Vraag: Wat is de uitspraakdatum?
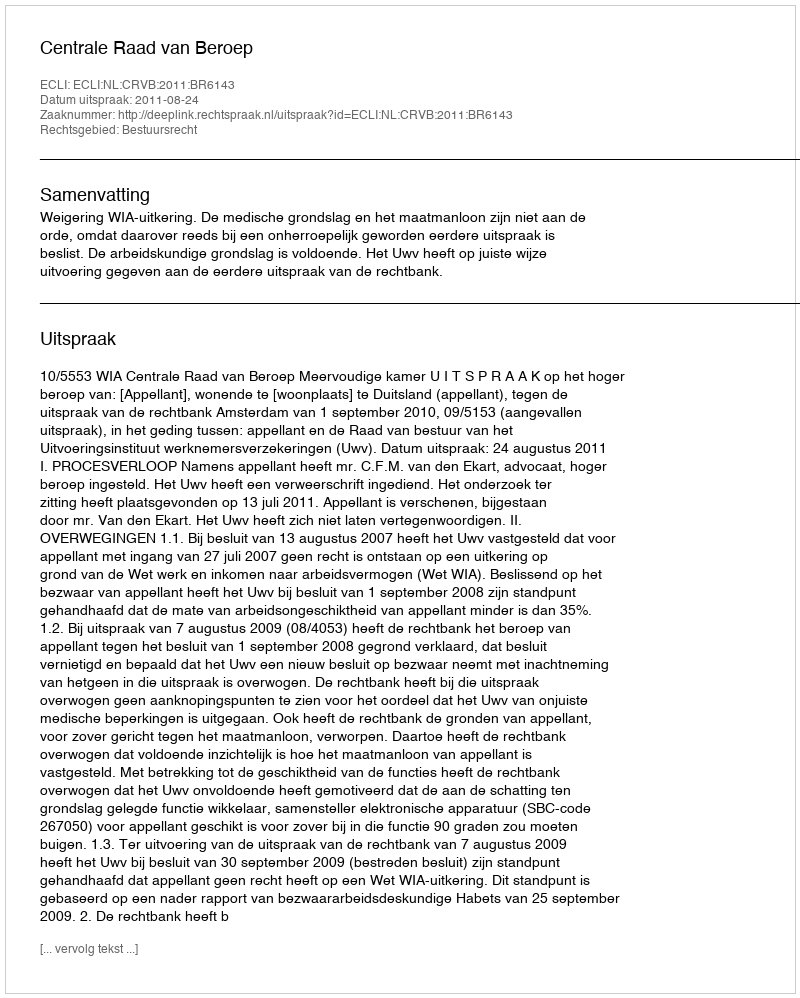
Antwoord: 2011-08-24